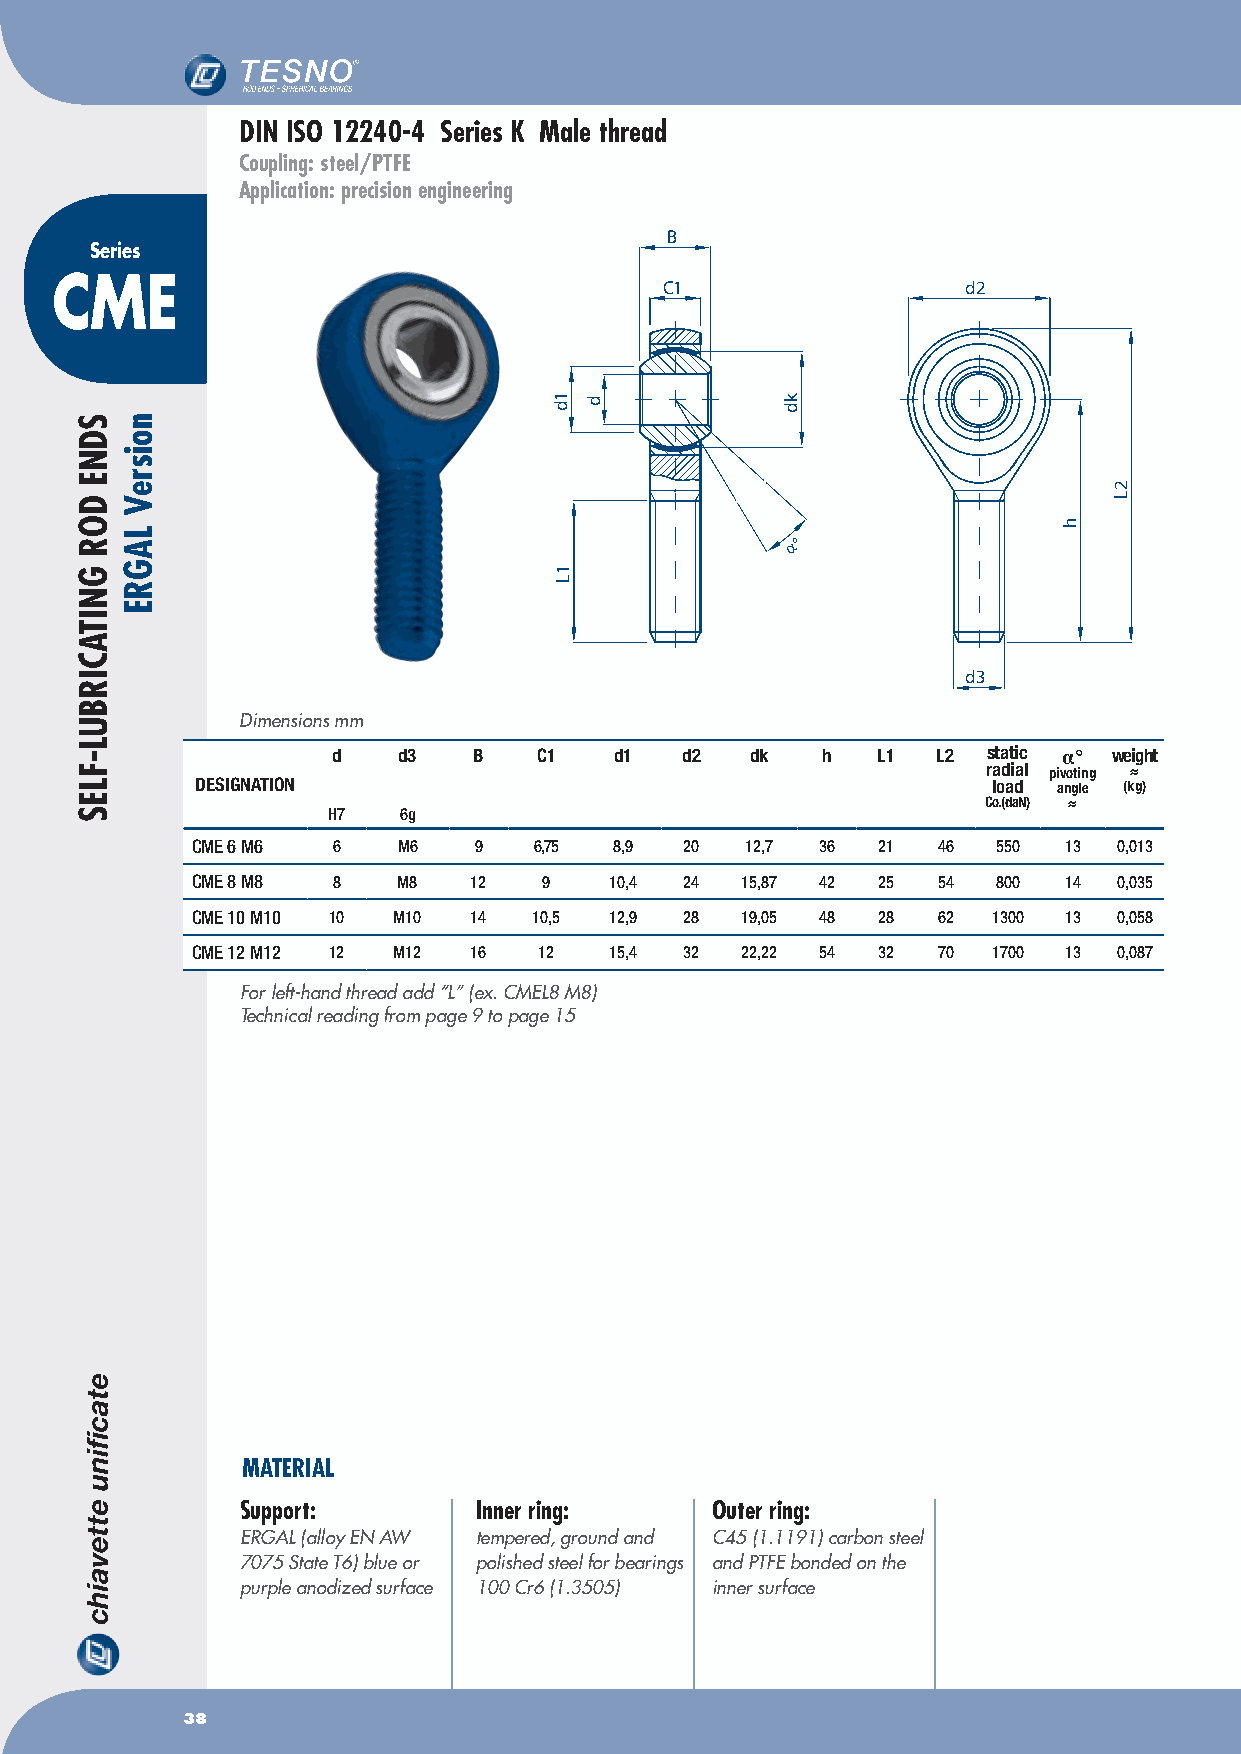
DIN ISO 12240-4 Series K Male thread
 Coupling: steel/PTFE
 Application: precision engineering
 B
 Series
 CME                                      C1                  d2
 α°
 d3
 Dimensions mm
 d   d3   B    C1   d1  d2   dk  h   L1  L2 static α° weight
 radial pivoting ≈
 DESIGNATION                                          load angle (kg)
 Co.(daN) ≈
 H7  6g
 CMe 6 M6 6   M6   9   6,75  8,9 20  12,7 36  21  46  550 13  0,013
 CMe 8 M8 8   M8   12   9   10,4 24  15,87 42 25  54  800 14  0,035
 CMe 10 M10 10 M10 14  10,5 12,9 28  19,05 48 28  62  1300 13 0,058
 CMe 12 M12 12 M12 16   12  15,4 32  22,22 54 32  70  1700 13 0,087
 For left-hand thread add “L” (ex. CMEL8 M8)
 Technical reading from page 9 to page 15
 MATERIAL
 Support:       Inner ring:     Outer ring:
 ERGAL (alloy EN AW tempered, ground and C45 (1.1191) carbon steel
 7075 State T6) blue or polished steel for bearings and PTFE bonded on the
 purple anodized surface 100 Cr6 (1.3505) inner surface
 38
 SDNE
 DOR
 GNITACIRBUL-FLES
 noisreV
 LAGRE
 1d
 1L
 d            kd
 h
 2L